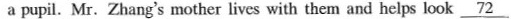
a pupil. Mr. Zhang's mother lives with them and helps look \underline{72}